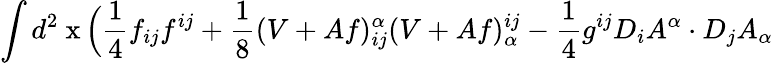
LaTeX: \int d^{2}\mathrm{\mathbf~x}\, \Big(\frac{1}{4}f_{ij}f^{ij}+\frac{1}{8}(V+Af)_{ij}^{\alpha}(V+Af)_{\alpha}^{ij}-\frac{1}{4}g^{ij}D_{i}A^{\alpha}\cdot D_{j}A_{\alpha}